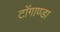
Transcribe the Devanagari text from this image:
टाॅगाण्डा